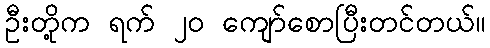
ဦးတို့က ရက် ၂၀ ကျော်စောပြီးတင်တယ်။